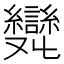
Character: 𠮖